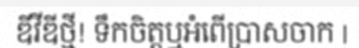
ឌីវីឌីថ្មី! ទឹកចិត្តឬអំពើប្រាសចាក |